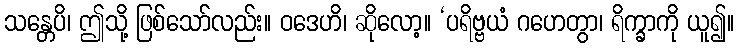
သန္တေပိ၊ ဤသို့ ဖြစ်သော်လည်း။ ဝဒေဟိ၊ ဆိုလော့။ ‘ပရိဗ္ဗယံ ဂဟေတွာ၊ ရိက္ခာကို ယူ၍။